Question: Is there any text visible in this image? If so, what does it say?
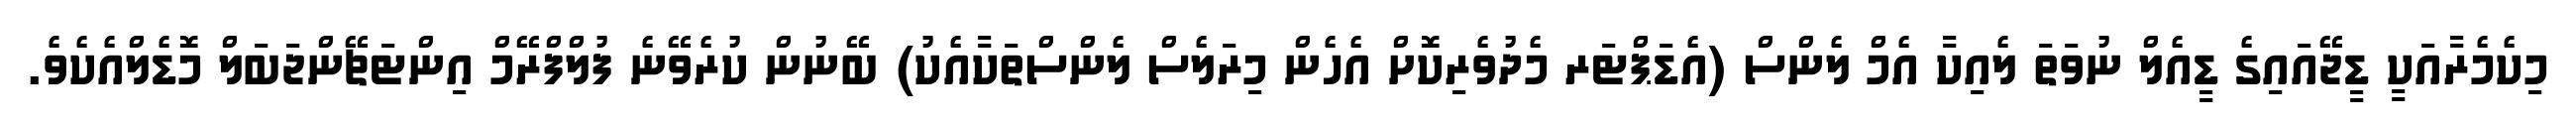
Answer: މިކެމެރާއަކީ ޑީޖޭއައިގެ ޑީއެލް ނުވަތަ ލެއިކާ އެމް ލެންސް (އެޑަޕްޓަރ މެދުވެރިކޮށް އެހެން މިރަލެސް ލެންސްތަކާއެކު) ބޭނުން ކުރެވޭނެ ފުލްފްރޭމް އިންޓަޗޭންޖަބަލް މޮޑެލްއެކެވެ.